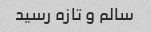
سالم و تازه رسید